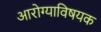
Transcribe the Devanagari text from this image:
आरोग्याविषयक